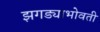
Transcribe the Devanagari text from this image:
झगड्याभोवती